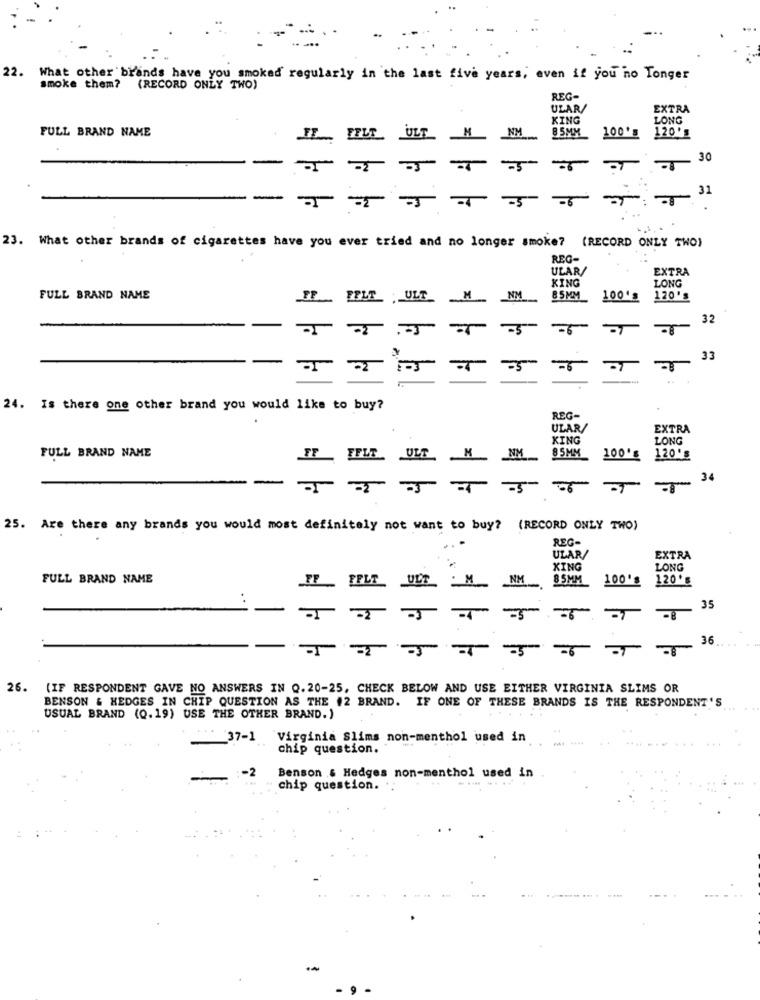
22. What other brands have you smoked regularly in the last five years, even if you no Tonger
smoke them? (RECORD ONLY TWO)
REG-
ULAR/
EXTRA
KING
LONG
FULL BRAND NAME
M
NM
100's
120's
FELT
ULT
85MM
30
31
23. What other brands of cigarettes have you ever tried and no longer smoke? (RECORD ONLY TWO)
REC-
ULAR/
EXTRA
KING
LONG
FULL BRAND NAME
FF
FFLE ULT
Ny
85MM
100'S
120's
32
-7
33
-5
-
24. Is there one other brand you would like to buy?
REG-
ULAR/
EXTRA
KING
LONG
FULL BRAND NAME
FF_ FFLE ULT
M
NM
8 5MM
100g
120's
4
34
-5 56 -
25. Are there any brands you would most definitely not want to buy? (RECORD ONLY TWO)
REG-
ULAR/
EXTRA
KING
LONG
FULL BRAND NAME
FF
FFLT
ULT
M
NM
8 5MM
100's
120 '
. .
35
-6
36
26.
(IF RESPONDENT GAVE NO ANSWERS IN Q.20-25, CHECK BELOW AND USE EITHER VIRGINIA SLIMS OR
BENSON & HEDGES IN CHIP QUESTION AS THE #2 BRAND. IF ONE OF THESE BRANDS IS THE RESPONDENT 'S
USUAL BRAND (0.19) USE THE OTHER BRAND.)
37-1 Virginia Slims non-menthol used in
chip question.
-2
Benson & Hedges non-menthol used in
chip question.